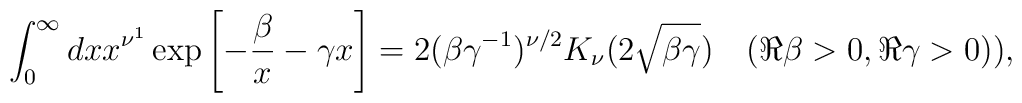
\int_0^\infty dx x^{\nu^1} \exp \left[ -{\beta \over x} -\gamma x \right] = 2 (\beta \gamma^{-1})^{\nu/2} K_\nu(2\sqrt{\beta \gamma}) \quad (\Re \beta > 0, \Re \gamma > 0)),